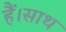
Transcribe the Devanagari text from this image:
हैं।साथ